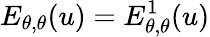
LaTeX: E_{\theta,\theta}(u)=E_{\theta,\theta}^{1}(u)